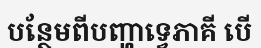
បន្ថែមពីបញ្ហាទ្វេភាគី បើ